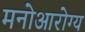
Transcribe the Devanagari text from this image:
मनोआरोग्य